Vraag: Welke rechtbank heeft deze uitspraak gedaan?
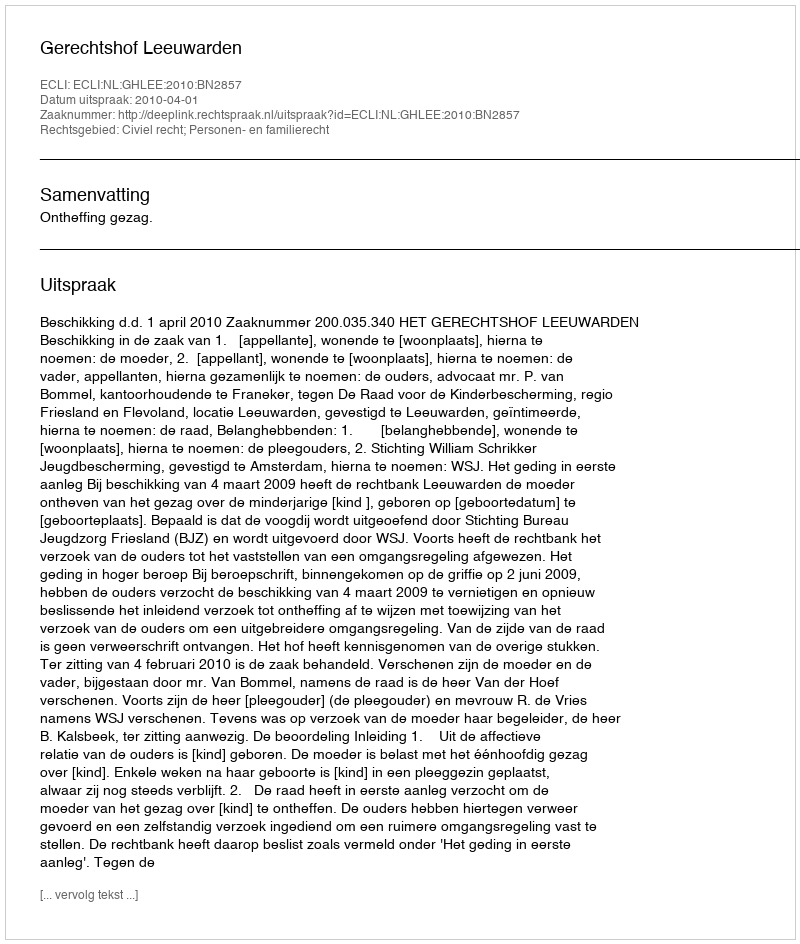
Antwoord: Gerechtshof Leeuwarden